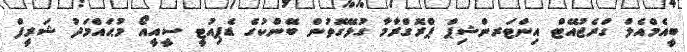
ބީއެމްއެލް ގްރެޖުއޭޓް އިންޓަރންޝިޕް ޕްރޮގްރާމާ ގުޅޭގޮތުން ބޭންކުގެ ޑެޕިއުޓީ ސީއީއޯ މުޙައްމަދު ޝަރީފް